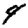
Digit: 4